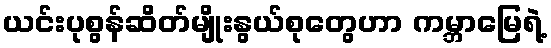
ယင်းပုစွန်ဆိတ်မျိုးနွယ်စုတွေဟာ ကမ္ဘာမြေရဲ့